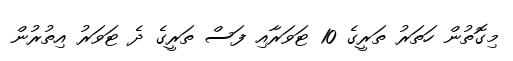
މިގޮތުން ހަތަރު ތަރީގެ 10 ޓަވަރާއި ފަސް ތަރީގެ ދެ ޓަވަރު އިތުރުން